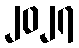
၂၀၂၇